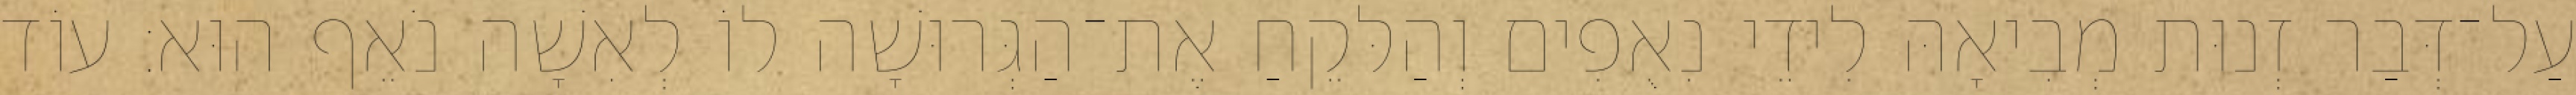
עַל־דְּבַר זְנוּת מְבִיאָהּ לִידֵי נִאֻפִים וְהַלּקֵחַ אֶת־הַגְּרוּשָׁה לוֹ לְאִשָׁה נֹאֵף הוּא׃ עוֹד